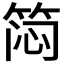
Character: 𬕊